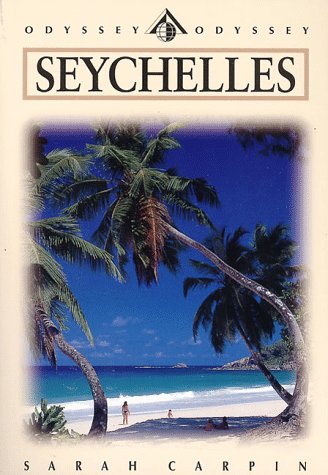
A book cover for Seychelles; Sarah Carpin; Travel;